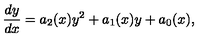
\frac { d y } { d x } = a _ { 2 } ( x ) y ^ { 2 } + a _ { 1 } ( x ) y + a _ { 0 } ( x ) ,